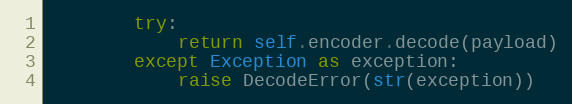
Language: Python
        try:
            return self.encoder.decode(payload)
        except Exception as exception:
            raise DecodeError(str(exception))